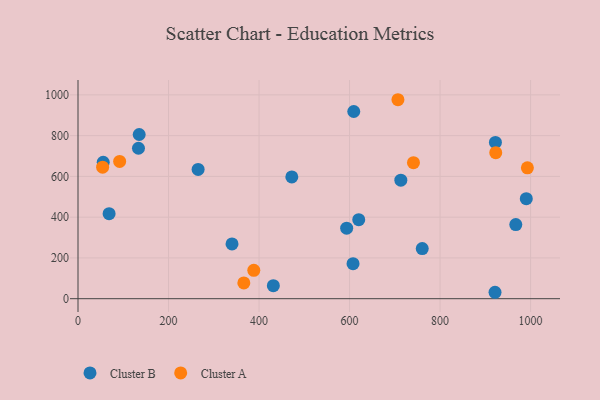
{"axis": {"x": "Study Hours", "y": "Exam Score"}, "legend": ["Cluster A", "Cluster B"], "data": [{"x": "431.6", "y": 63.9, "type": "Cluster B"}, {"x": "593.6", "y": 345.8, "type": "Cluster B"}, {"x": "713.3", "y": 581.4, "type": "Cluster B"}, {"x": "55.7", "y": 669.2, "type": "Cluster B"}, {"x": "472.4", "y": 597.3, "type": "Cluster B"}, {"x": "760.6", "y": 246.0, "type": "Cluster B"}, {"x": "135.2", "y": 805.7, "type": "Cluster B"}, {"x": "68.7", "y": 417.1, "type": "Cluster B"}, {"x": "620.3", "y": 387.7, "type": "Cluster B"}, {"x": "607.7", "y": 172.0, "type": "Cluster B"}, {"x": "967.3", "y": 363.9, "type": "Cluster B"}, {"x": "133.6", "y": 738.3, "type": "Cluster B"}, {"x": "990.5", "y": 491.0, "type": "Cluster B"}, {"x": "922.3", "y": 766.8, "type": "Cluster B"}, {"x": "340.3", "y": 268.5, "type": "Cluster B"}, {"x": "921.4", "y": 31.5, "type": "Cluster B"}, {"x": "609.3", "y": 918.5, "type": "Cluster B"}, {"x": "265.4", "y": 634.1, "type": "Cluster B"}, {"x": "706.9", "y": 976.3, "type": "Cluster A"}, {"x": "54.4", "y": 645.2, "type": "Cluster A"}, {"x": "741.2", "y": 667.4, "type": "Cluster A"}, {"x": "366.4", "y": 77.4, "type": "Cluster A"}, {"x": "92.0", "y": 673.5, "type": "Cluster A"}, {"x": "923.0", "y": 716.5, "type": "Cluster A"}, {"x": "388.4", "y": 139.1, "type": "Cluster A"}, {"x": "992.9", "y": 642.3, "type": "Cluster A"}]}